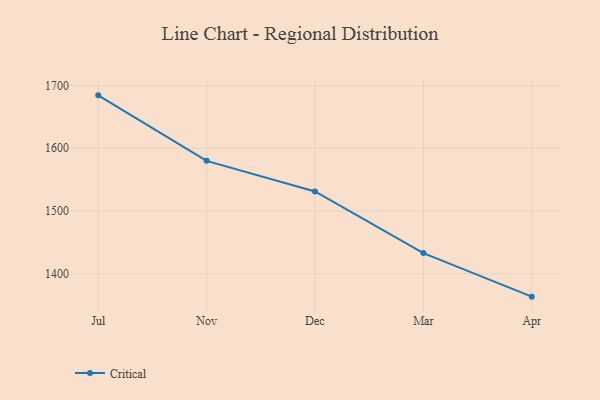
{"axis": {"x": "Month", "y": "Humidity (%)"}, "legend": ["Critical"], "data": [{"x": "Jul", "y": 1684.3, "type": "Critical"}, {"x": "Nov", "y": 1579.9, "type": "Critical"}, {"x": "Dec", "y": 1531.1, "type": "Critical"}, {"x": "Mar", "y": 1432.8, "type": "Critical"}, {"x": "Apr", "y": 1363.4, "type": "Critical"}]}